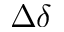
\Delta \delta